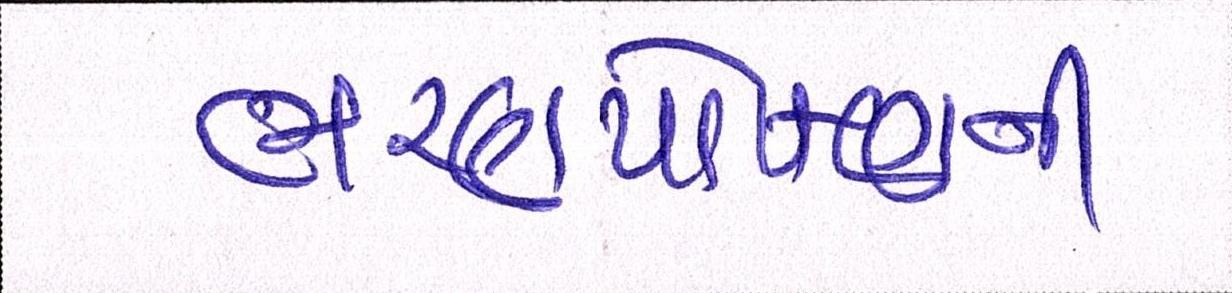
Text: ભરણપોષણની